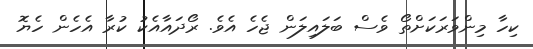
ކިހާ މިންވަރަކަށްތޯ ވެސް ބަލައިލަން ޖެހެ އެވެ. ރޯދައާއެކު ކުރާ އެހެން ހެޔޮ